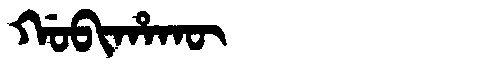
Manchu: ᡤᠣᠪᡳᡥᠠᡴᡡ
Romanization: GOBIHAKŪ